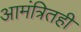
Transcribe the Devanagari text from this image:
आमंत्रितही